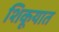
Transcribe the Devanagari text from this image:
शिकूयात